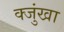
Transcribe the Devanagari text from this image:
क्जुंखा